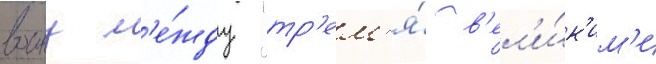
воину м'е́жду "тр'ем'я́ в'ел'и́к'им'и